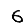
Digit: 6